Indian journal of veterinary science and animal husbandry - Volume 10,
Year: 1940
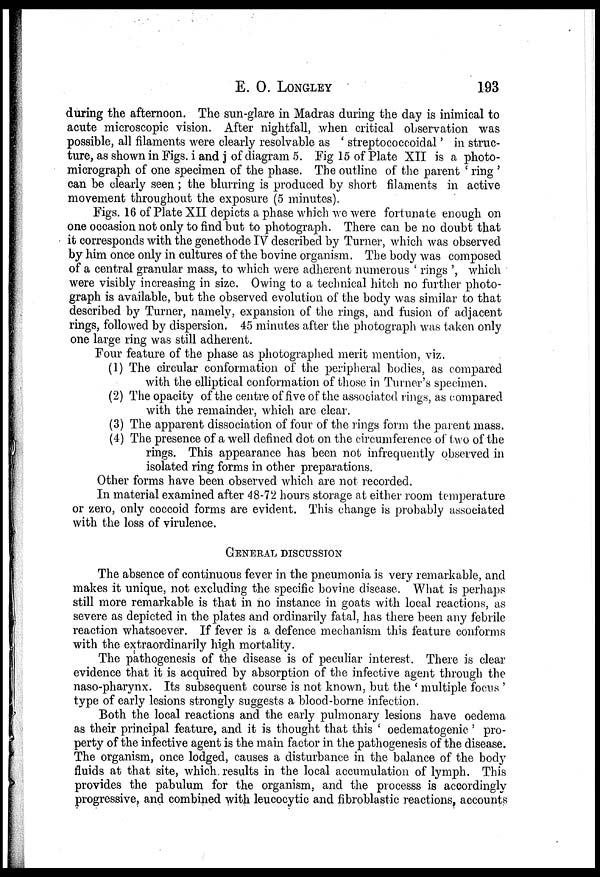
E.
O.
LONGLEY
193
during the afternoon. The sun-glare in Madras during the day is inimical to
acute microscopic vision. After nightfall, when critical observation was
possible, all filaments were clearly resolvable as ' streptococcoidal' in struc-
ture, as shown in Figs. i and j of diagram 5. Fig 15 of Plate XII is a photo-
micrograph of one specimen of the phase. The outline of the parent ' ring '
can be clearly seen ; the blurring is produced by short filaments in active
movement throughout the exposure (5 minutes).
Figs. 16 of Plate XII depicts a phase which we were fortunate enough on
one occasion not only to find but to photograph. There can be no doubt that
it corresponds with the genethode IV described by Turner, which was observed
by him once only in cultures of the bovine organism. The body was composed
of a central granular mass, to which were adherent numerous ' rings ', which
were visibly increasing in size. Owing to a technical hitch no further photo-
graph is available, but the observed evolution of the body was similar to that
described by Turner, namely, expansion of the rings, and fusion of adjacent
rings, followed by dispersion. 45 minutes after the photograph was taken only
one large ring was still adherent.
Four feature of the phase as photographed merit mention, viz.
(1) The circular conformation of the peripheral bodies, as compared
with the elliptical conformation of those in Turner's specimen.
(2) The opacity of the centre of five of the associated rings, as compared
with the remainder, which are clear.
(3) The apparent dissociation of four of the rings form the parent mass.
(4) The presence of a well defined dot on the circumference of two of the
rings. This appearance has been not infrequently observed in
isolated ring forms in other preparations.
Other forms have been observed which are not recorded.
In material examined after 48-72 hours storage at either room temperature
or zero, only coccoid forms are evident. This change is probably associated
with the loss of virulence.
GENERAL DISCUSSION
The absence of continuous fever in the pneumonia is very remarkable, and
makes it unique, not excluding the specific bovine disease. What is perhaps
still more remarkable is that in no instance in goats with local reactions, as
severe as depicted in the plates and ordinarily fatal, has there been any febrile
reaction whatsoever. If fever is a defence mechanism this feature conforms
with the extraordinarily high mortality.
The pathogenesis of the disease is of peculiar interest. There is clear
evidence that it is acquired by absorption of the infective agent through the
naso-pharynx. Its subsequent course is not known, but the ' multiple focus '
type of early lesions strongly suggests a blood-borne infection.
Both the local reactions and the early pulmonary lesions have oedema
as their principal feature, and it is thought that this ' oeclematogenic ' pro-
perty of the infective agent is the main factor in the pathogenesis of the disease.
The organism, once lodged, causes a disturbance in the balance of the body
fluids at that site, which results in the local accumulation of lymph. This
provides the pabulum for the organism, and the processs is accordingly
progressive, and combined with leucocytic and fibroblastic reactions, accounts